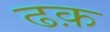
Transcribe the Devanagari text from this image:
ढक़